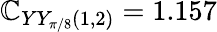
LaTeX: \mathbb{C}_{YY_{\pi/8}(1,2)}=1.157